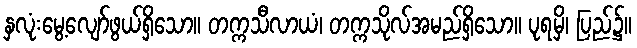
နှလုံးမွေ့လျော်ဖွယ်ရှိသော။ တက္ကသီလာယံ၊ တက္ကသိုလ်အမည်ရှိသော။ ပုရမှိ၊ ပြည်၌။